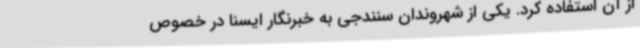
از آن استفاده کرد. یکی از شهروندان سنندجی به خبرنگار ایسنا در خصوص